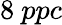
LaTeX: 8~ppc